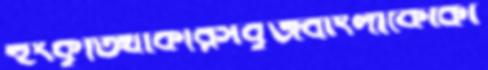
হুংকৃতিথাকারসবুজবাংলাকোকা